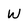
Character: W